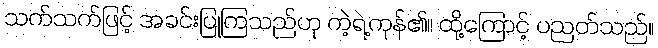
သက်သက်ဖြင့် အခင်းပြုကြသည်ဟု ကဲ့ရဲ့ကုန်၏။ ထို့ကြောင့် ပညတ်သည်။